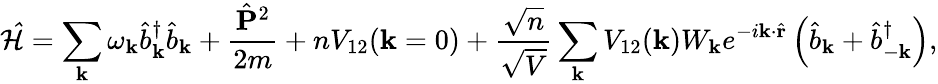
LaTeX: \mathcal{\hat{H}}=\sum_{\mathbf{k}}\omega_{\mathbf{k}}\hat{b}_{\mathbf{k}}^{\dagger}\hat{b}_{\mathbf{k}}+\frac{\hat{\mathbf{P}}^{2}}{2m}+nV_{\mathrm{12}}(\mathbf{k}=0)+\frac{\sqrt{n}}{\sqrt{V}}\sum_{\mathbf{k}}V_{\mathrm{12}}(\mathbf{k})W_{\mathbf{k}}e^{-i\mathbf{k}\cdot\hat{\mathbf{r}}}\left(\hat{b}_{\mathbf{k}}+\hat{b}_{-\mathbf{k}}^{\dagger}\right),